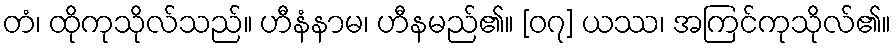
တံ၊ ထိုကုသိုလ်သည်။ ဟီနံနာမ၊ ဟီနမည်၏။ [၀၇] ယဿ၊ အကြင်ကုသိုလ်၏။